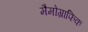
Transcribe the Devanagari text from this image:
मैमोग्राफिक